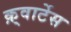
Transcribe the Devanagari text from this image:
क़्वार्टेस